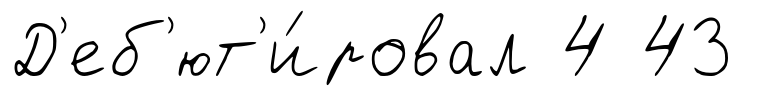
Д'еб'ют'и́ровал 4 43